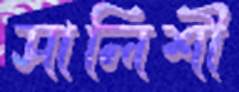
সালিশী